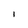
Character: l